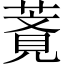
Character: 𦹺